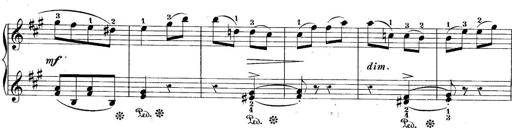
Title: 10 Sonatines progressives
Composer: Anton Schmoll